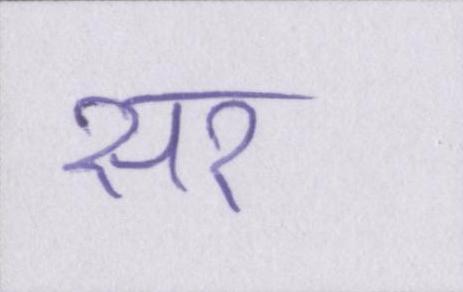
सर